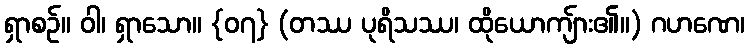
ရှာစဉ်။ ဝါ၊ ရှာသော။ {၀၇} (တဿ ပုရိသဿ၊ ထိုယောကျ်ား၏။) ဂဟဏေ၊